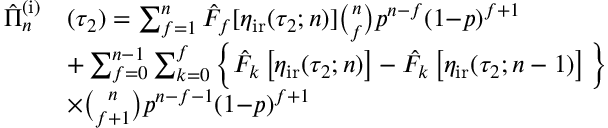
\begin{array} { r l } { \hat { \Pi } _ { n } ^ { \mathrm { ( i ) } } } & { ( \tau _ { 2 } ) = \sum _ { f = 1 } ^ { n } \hat { F } _ { f } [ \eta _ { \mathrm { i r } } ( \tau _ { 2 } ; n ) ] \binom { n } { f } p ^ { n - f } ( 1 { - } p ) ^ { f + 1 } } \\ & { + \sum _ { f = 0 } ^ { n - 1 } \sum _ { k = 0 } ^ { f } \Big \{ \hat { F } _ { k } \left[ \eta _ { \mathrm { i r } } ( \tau _ { 2 } ; n ) \right] - \hat { F } _ { k } \left[ \eta _ { \mathrm { i r } } ( \tau _ { 2 } ; n - 1 ) \right] \Big \} } \\ & { \times \binom { n } { f + 1 } p ^ { n - f - 1 } ( 1 { - } p ) ^ { f + 1 } } \end{array}